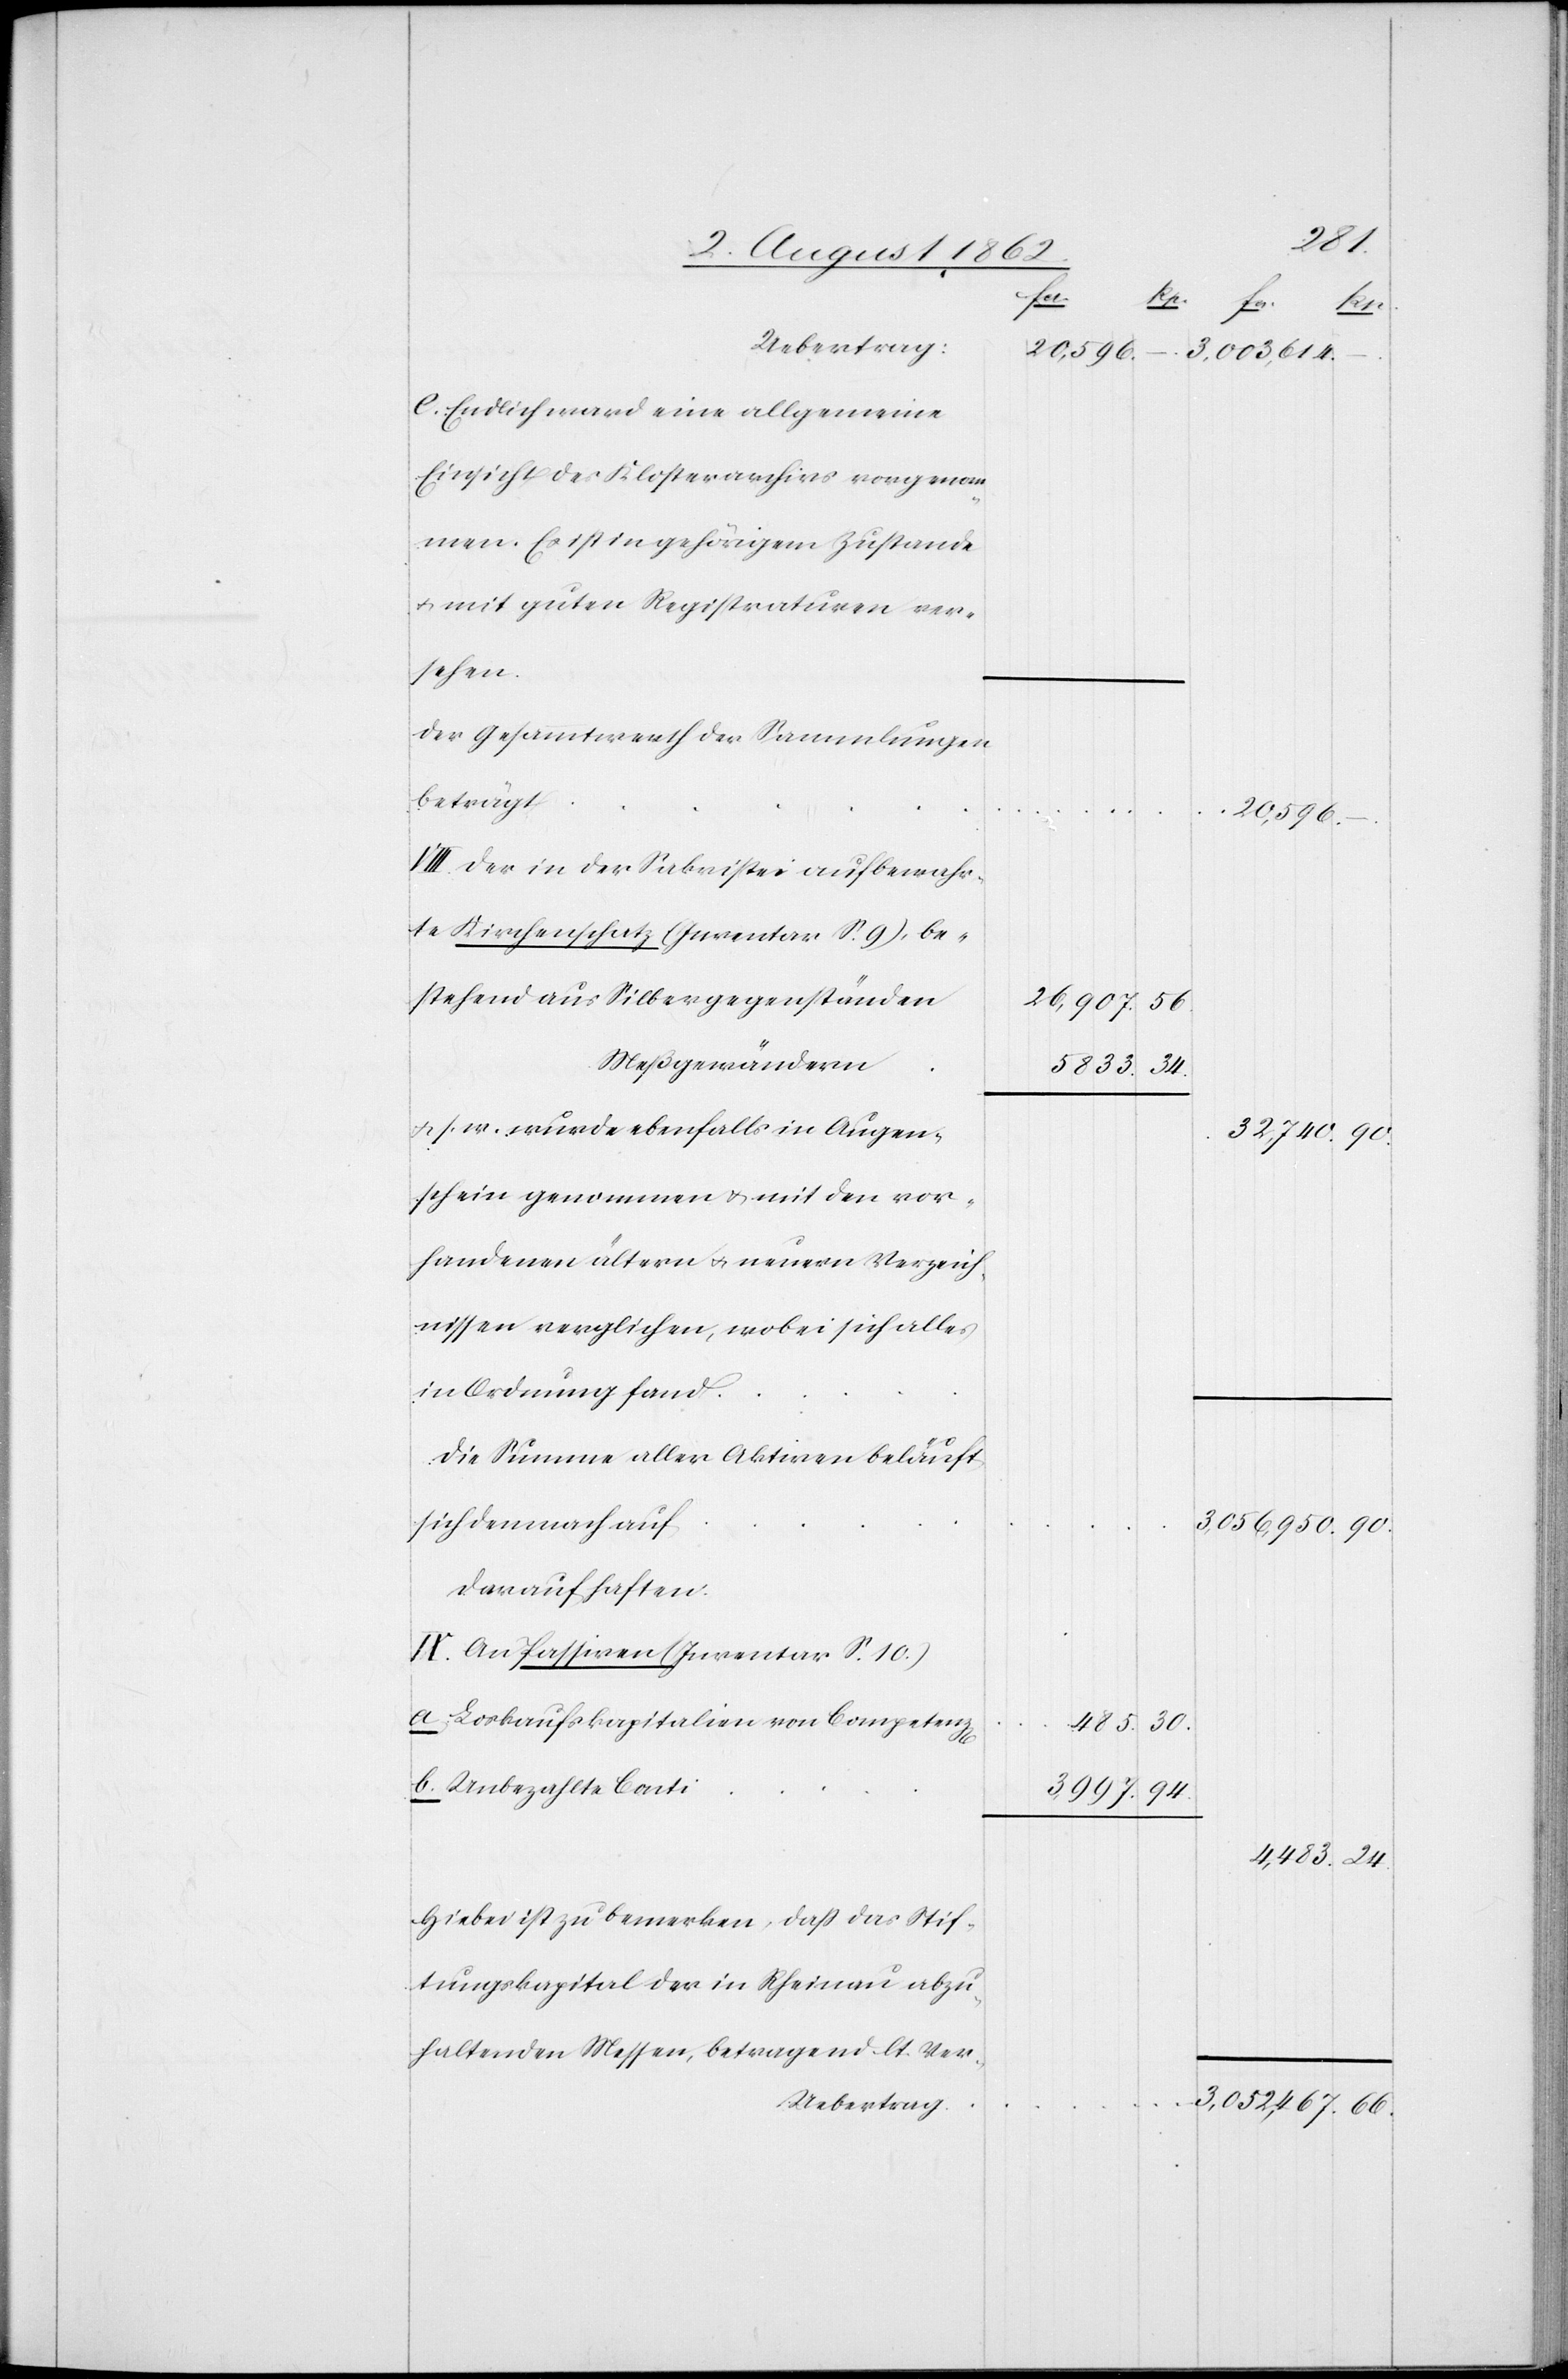
z[en]
Uebertrag
20,596.
e. Endlich wart eine allgemeine
Einsicht des Klosterarchivs vorgenom¬
men. E ist in gehörigem Zustande
u. mit guten Registraturen ver¬
sehen.
Der Gesamtweth der Sammlungen
beträgt
–
VII. Der in der Sakristei aufbewahr¬
te Kirchenschatz (Inventar S. 9), be¬
stehend aus Silbergegenständen
Meßgewändern
5833.
u. s. w. wurde ebenfalls in Augen¬
schein genommen u. mit den vor¬
handenen ältern u. neuern Verzeich¬
nissen verglichen, wobei sich alles
in Ordnung fand.
Die Summe aller Aktiven beläuft
sich demnach auf
Darauf haften.
IX. An Passiven (Inventar S. 10)
a. Loskaufskapitalien von Competen¬
b. Unbezahlte Conti
Hiebei ist zu bemerken, daß das Stif¬
tungskapital der in Rheinau abzu¬
haltenden Messen, betragend lt. Ver-

4,483.
3,997.

30.
94.

56.
24.

3,003,614.
32,740.
3,056,950.
90.